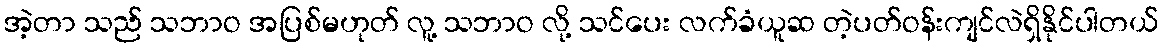
အဲ့တာ သည် သဘာဝ အပြစ်မဟုတ် လူ့ သဘာဝ လို့ သင်ပေး လက်ခံယူဆ တဲ့ပတ်ဝန်းကျင်လဲရှိနိုင်ပါတယ်